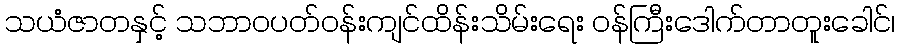
သယံဇာတနှင့် သဘာဝပတ်ဝန်းကျင်ထိန်းသိမ်းရေး ဝန်ကြီးဒေါက်တာတူးခေါင်၊